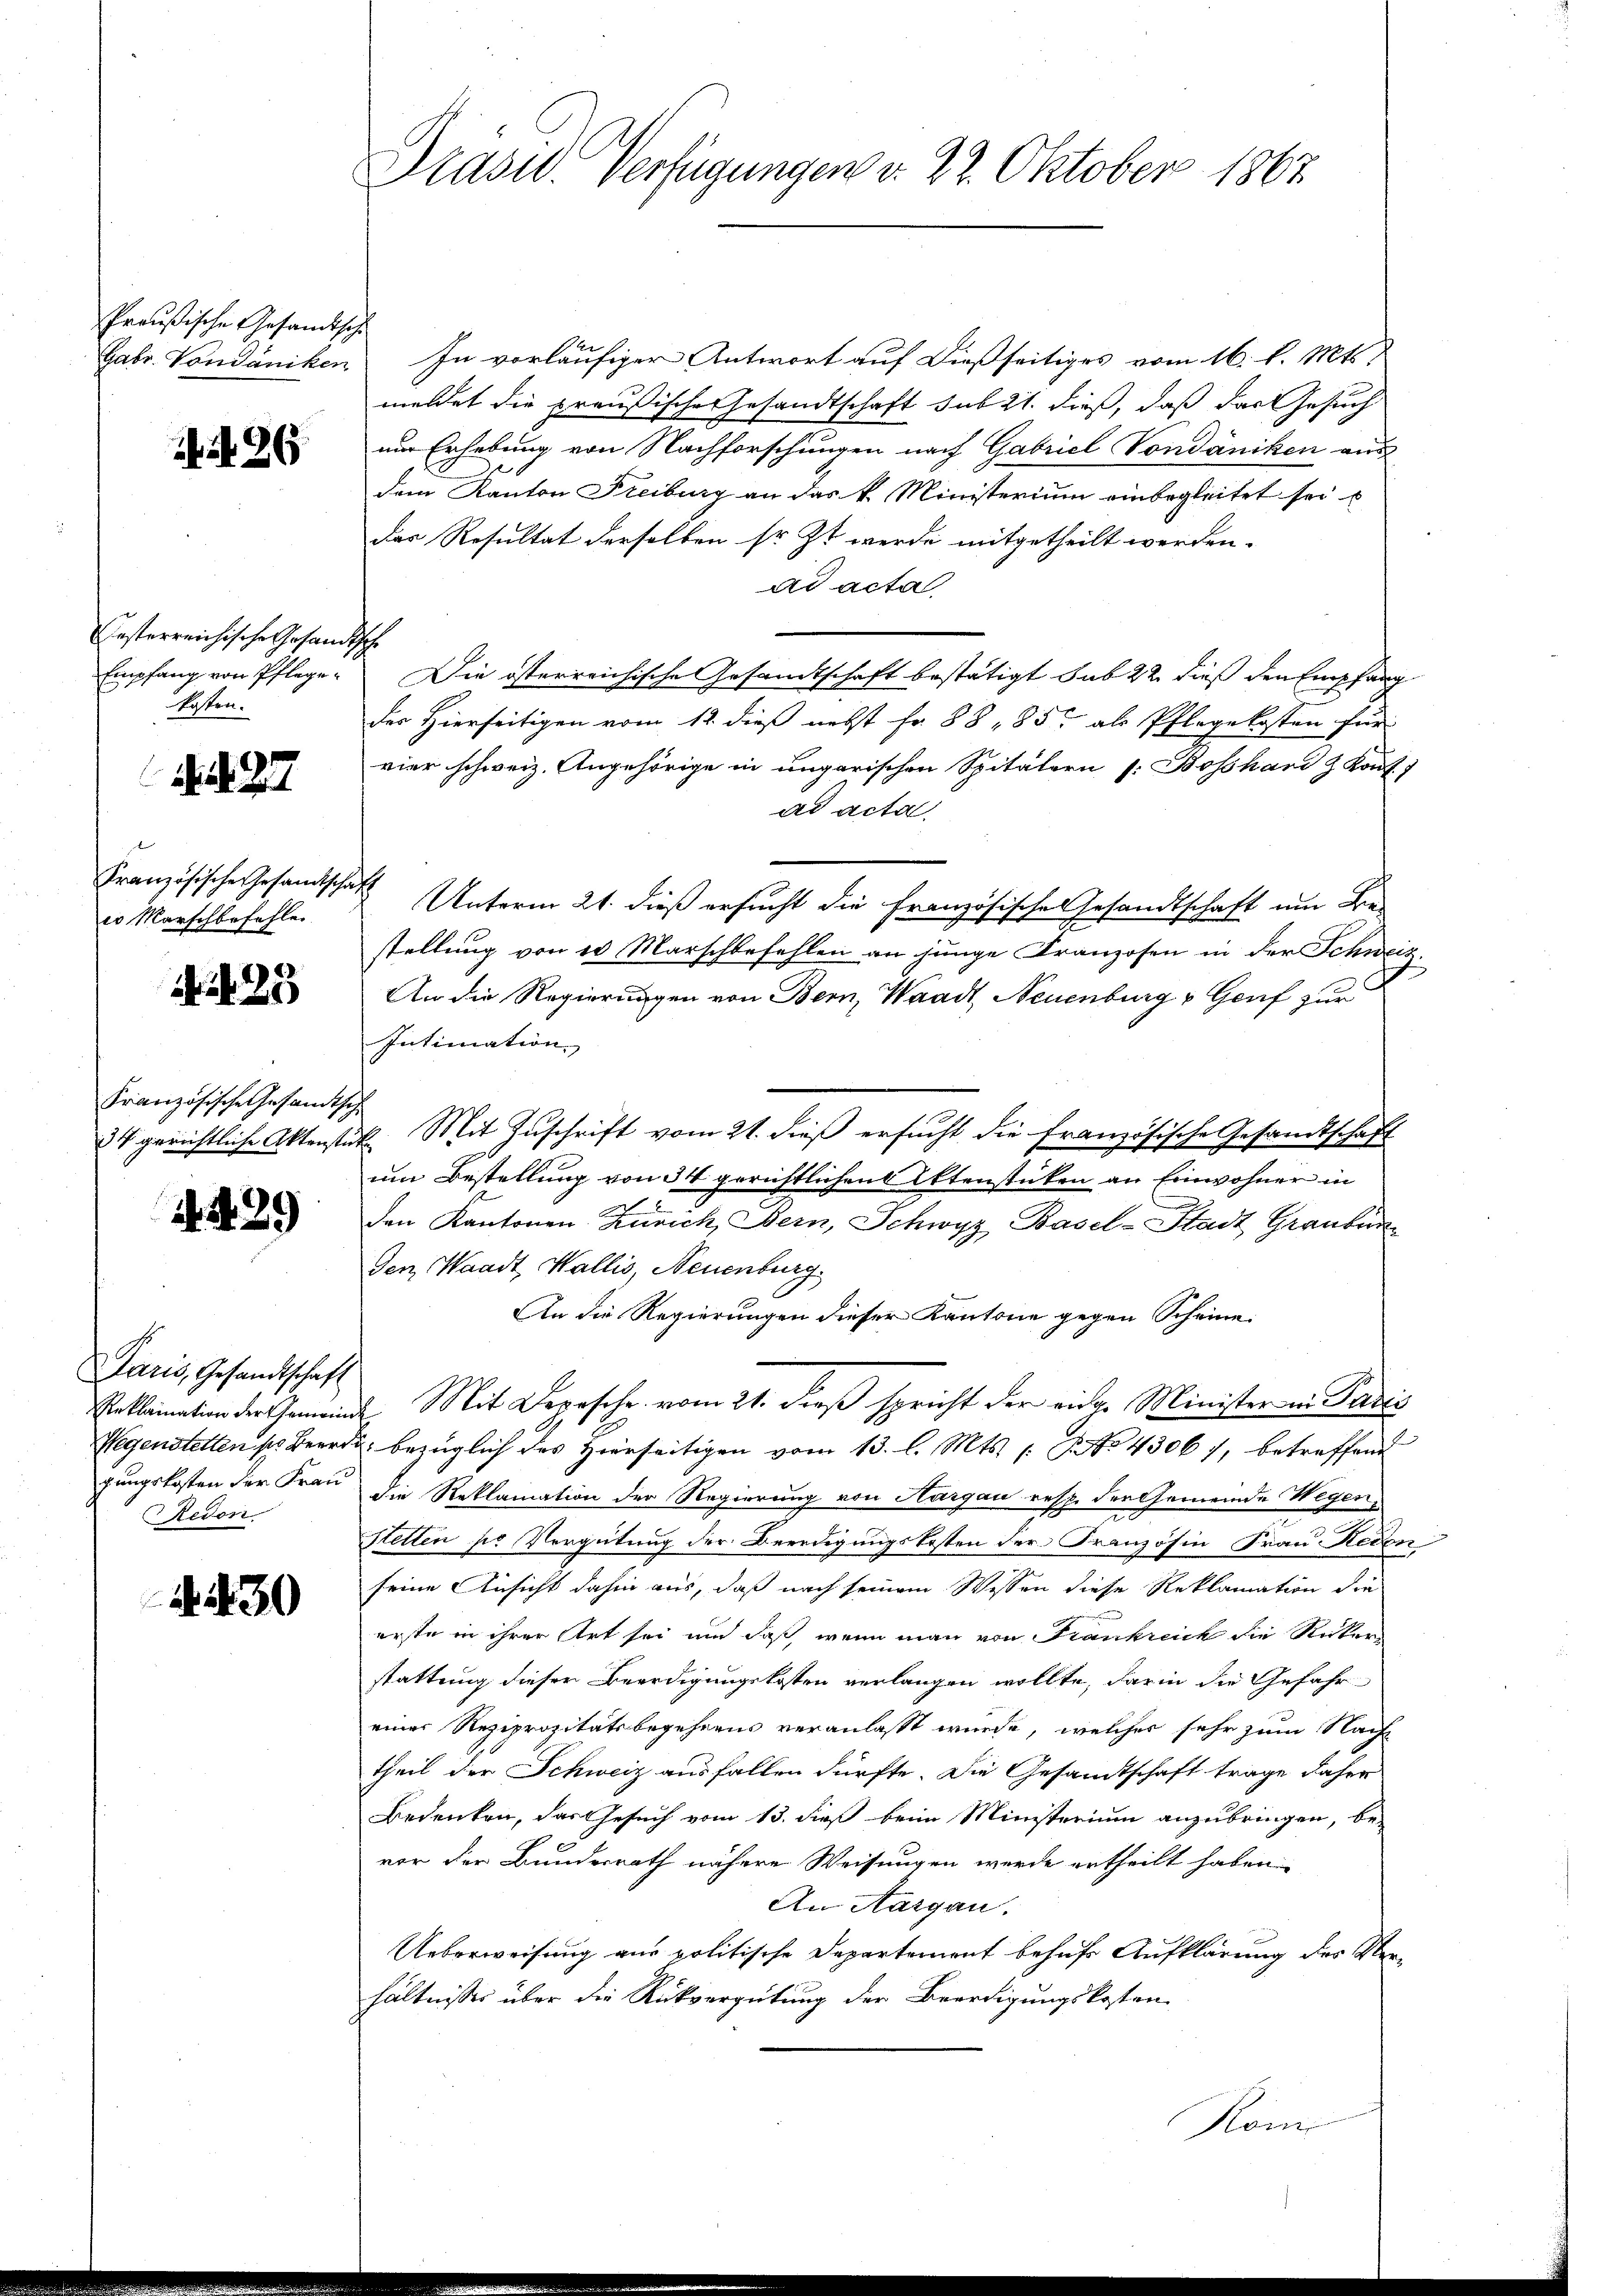
Preußische Gesandtsch

it. 26

Festerreichische Gesandtsche
kosten.
er Marschbefehle

Art. 27

i25

Französische Gesandtsch

. 489

Jaris, Gesandtschaft
Redon

A. 230

Präsid. Verfügungen v. 22. Oktober 1862

Gabr. Vondaniken. In vorläufiger Antwort auf dießseitiges vom 16. d. Mts.
meldet die preußische Gesandtschaft sub 21. dieß, daß das Gesuch
um Erhebung von Nachforschungen nach Gabriel Vondaniken aus
dem Kanton Freiburg an das k. Ministerium einbegleitet sei u
das Resultat derselben sr. Zt werde mitgetheilt werden.
ad acta
Empfang von Pflege. Die österreichische Gesamtschaft bestätigt sub 22 dieß den Empfang
des Hierseitigen vom 12. dieß nebst fr. 88 - 85 als Pflegekosten für
vier schweiz. Angehörige in ungarischen Spitälern s. Bosshand z. Kont. 7
ad acta
Französische Gesandtschaft Unterm 21. dieß ersucht die Französische Gesandtschaft um Be-
stellung von 10 Marschbefehlen an junge Franzosen in der Schweiz
.
An die Regierungen von Bern, Waadt, Neuenburg v. Genf zur
Intimation
34 gerichtliche Aktenstück. Mit Zuschrift vom 21. dieß ersucht die französische Gesandtschaft
um Bestellung von 34 gerichtlichen Aktenstücken an Einwohner in
den Kantonen Zürich, Bern, Schwyz, Basel-Stadt Graubün
Gen, Waadt, Wallis, Neuenburg
An die Regierungen dieser Kantone gegen Scheine
Reklamation der Gemeinde Mit Depesche vom 21. dieß spricht der eidg. Minister in Paris
Wegenstellen so Beerde, bezüglich des Hierseitigen vom 13. l. Mts. 1. No 4306), betreffend
gungskosten der Frau die Reklamation der Regierung von Thurgau resp. der Gemeinde Wegen,
Stetten pr Vergütung der Beerdigungskosten der Französin Frau Recen
seine Ansicht dahin aus, daß nach seinem Wissen diese Reklamation die
erste in ihrer Art sei und daß wenn man von Frankreick die Ricker
stattung dieser Beerdigungskosten verlangen wollte, darin die Gefahr
einer Reziprositätsbegehrens veranlasst wurde, welcher sehr zum Nach-
theil der Schweiz ausfallen dürfte. Die Gesandtschaft trage daher
Bedenken, das Gesuch vom 13. dieß beim Ministerium anzubringen, be-
vor der Bundesrath nähere Weisungen werde ertheilt haben.
An Aargau.
Ueberweisung aus politische Departement behufs Aufklärung des Verhältnisses über die Rückvergütung der Beerdigungskosten
Rom